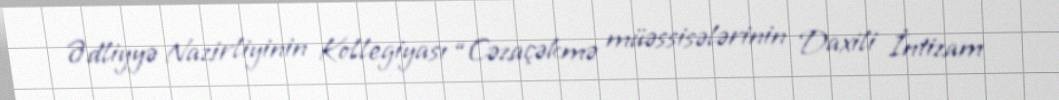
Ədliyyə Nazirliyinin Kollegiyası “Cəzaçəkmə müəssisələrinin Daxili İntizam